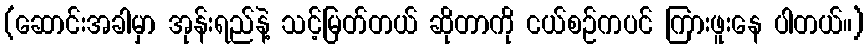
(ဆောင်းအခါမှာ အုန်းရည်နဲ့ သင့်မြတ်တယ် ဆိုတာကို ငယ်စဉ်ကပင် ကြားဖူးနေ ပါတယ်။)